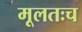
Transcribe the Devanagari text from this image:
मूलतःच